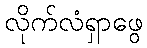
လိုက်လံရှာဖွေ